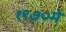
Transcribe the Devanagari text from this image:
१९७०मे